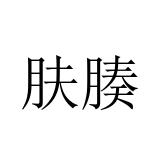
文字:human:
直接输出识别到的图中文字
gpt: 肤腠